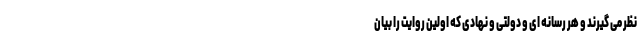
نظر می گیرند و هر رسانه ای و دولتی و نهادی که اولین روایت را بیان